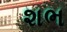
શભ